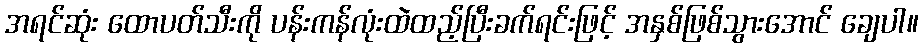
အရင်ဆုံး ထောပတ်သီးကို ပန်းကန်လုံးထဲထည့်ပြီးခက်ရင်းဖြင့် အနှစ်ဖြစ်သွားအောင် ချေပါ။